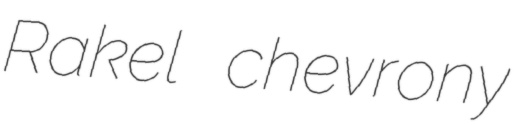
Rakel chevrony